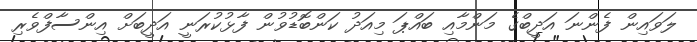
ލަވައިން ފެންނަ އަދީބްގެ މަންމާއި ބައްޕަ މިއަދު ކަންބޮޑުވުން ފާޅުކުރަނީ އަދީބަށް އިންސާފްވެރި